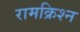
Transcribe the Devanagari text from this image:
रामक्रिश्न